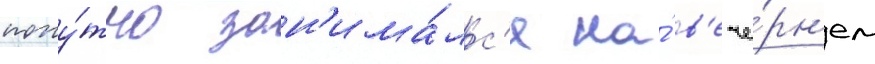
попу́тно зан'има́лс'я на́ в'ече́рн'ем